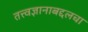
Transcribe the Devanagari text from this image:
तत्त्वज्ञानाबद्दलचा